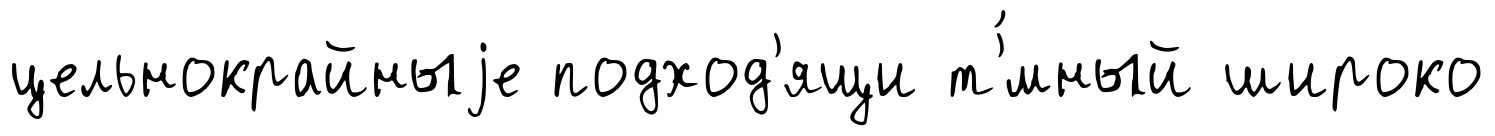
цельнокрайныjе подход'ящи т'́мный широко